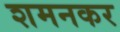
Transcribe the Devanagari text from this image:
शमनकर